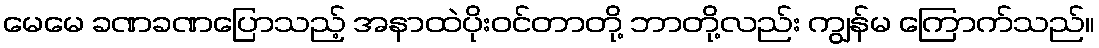
မေမေ ခဏခဏပြောသည့် အနာထဲပိုးဝင်တာတို့ ဘာတို့လည်း ကျွန်မ ကြောက်သည်။